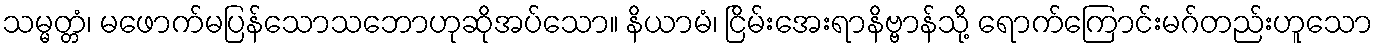
သမ္မတ္တံ၊ မဖောက်မပြန်သောသဘောဟုဆိုအပ်သော။ နိယာမံ၊ ငြိမ်းအေးရာနိဗ္ဗာန်သို့ ရောက်ကြောင်းမဂ်တည်းဟူသော